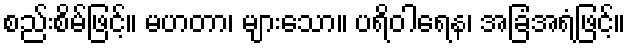
စည်းစိမ်ဖြင့်။ မဟတာ၊ များသော။ ပရိဝါရေန၊ အခြံအရံဖြင့်။